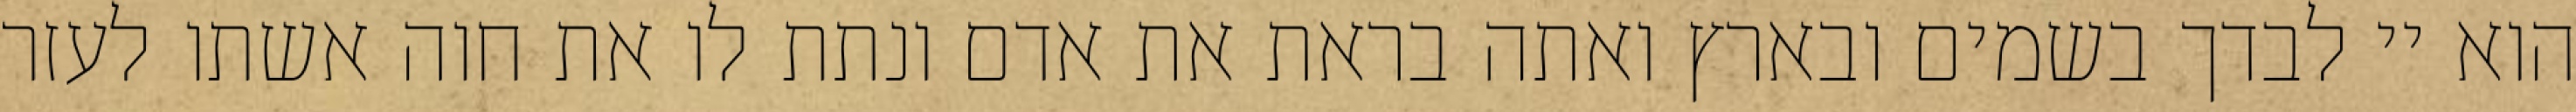
הוא יי לבדך בשמים ובארץ ואתה בראת את אדם ונתת לו את חוה אשתו לעזר